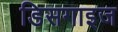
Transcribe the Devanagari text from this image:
डिसगाइज